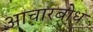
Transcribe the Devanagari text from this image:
आचारबोध